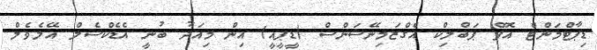
ޑިޕާޓްމަންޓް އޮފް ޕަބްލިކް އެގްޒަމިނޭޝަންސް (ޑީޕީއީ) އިން މިއަދު ބުނީ އެޑެކްސެލް އޭލެވެލް